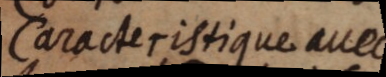
Caracteristique avec